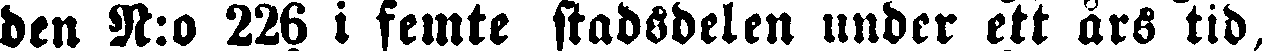
den N:o 226 i femte stadsdelen under ett års tid,